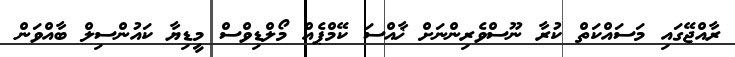
ރާއްޖޭގައި މަސައްކަތް ކުރާ ނޫސްވެރިންނަށް ޚާއްސަ ކޭމްޕެއް މޯލްޑިވްސް މީޑިޔާ ކައުންސިލް ބާއްވަން